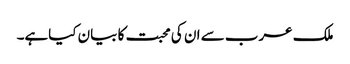
ملک عرب سے ان کی محبت کا بیان کیاہے۔